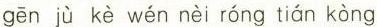
gēn jù kè wén nèi róng tián kòng